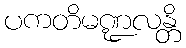
ပကတိမဏ္ဍလန္တိ